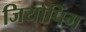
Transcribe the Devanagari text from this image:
जियोपिंग